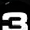
Digit: 3